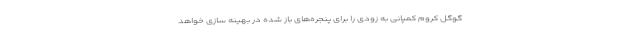
گوگل کروم کمپانی به زودی را برای پنجره‌های باز شده در بهینه سازی خواهد